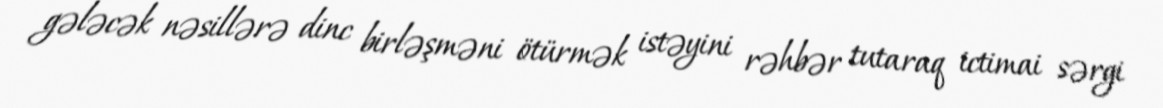
gələcək nəsillərə dinc birləşməni ötürmək istəyini rəhbər tutaraq ictimai sərgi